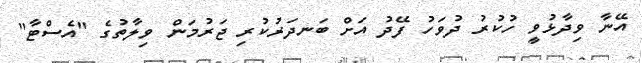
އޭނާ ވިދާޅުވީ ހުކުރު ދުވަހު ފޭދު އަށް ބަނދަރުކުރި ޖަރުމަން ވިލާތުގެ "އެސްޓާ"